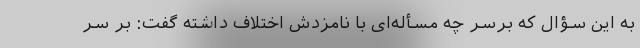
به این سؤال که برسر چه مسأله‌ای با نامزدش اختلاف داشته گفت: بر سر